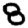
Digit: 8